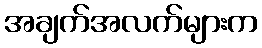
အချက်အလက်များက